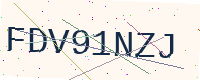
Text: FDV91NZJ